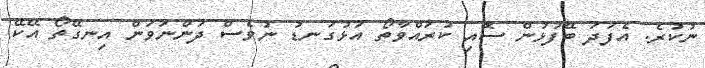
ނުކުރެ. އެފަދަ ބޭފުޅުން ސޮއި ކުރައްވާތޯ އަޅުގަނޑު ނުވެސް ދަންނަވަން އިނގޭތޯ އޭކޭ